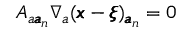
A _ { a { \pmb a } _ { n } } \nabla _ { a } ( { \pmb x } - { \pmb \xi } ) _ { { \pmb a } _ { n } } = 0